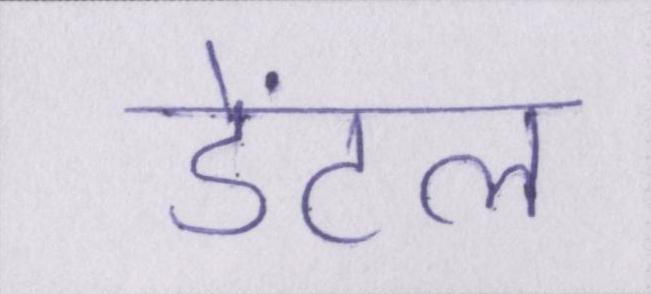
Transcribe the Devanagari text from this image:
डेंटल